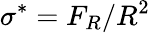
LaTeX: \sigma^{*}=F_{R}/R^{2}